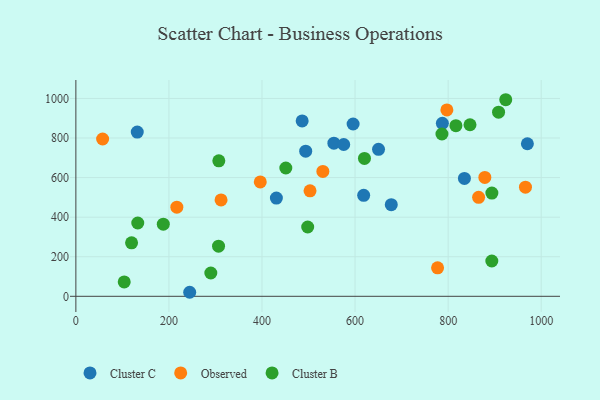
{"axis": {"x": "Price", "y": "Demand"}, "legend": ["Cluster B", "Cluster C", "Observed"], "data": [{"x": "554.5", "y": 773.9, "type": "Cluster C"}, {"x": "493.9", "y": 733.5, "type": "Cluster C"}, {"x": "650.4", "y": 742.7, "type": "Cluster C"}, {"x": "131.9", "y": 830.2, "type": "Cluster C"}, {"x": "430.9", "y": 496.7, "type": "Cluster C"}, {"x": "787.6", "y": 874.2, "type": "Cluster C"}, {"x": "244.6", "y": 20.4, "type": "Cluster C"}, {"x": "618.5", "y": 510.4, "type": "Cluster C"}, {"x": "970.3", "y": 771.0, "type": "Cluster C"}, {"x": "835.0", "y": 595.6, "type": "Cluster C"}, {"x": "677.8", "y": 463.2, "type": "Cluster C"}, {"x": "575.6", "y": 767.2, "type": "Cluster C"}, {"x": "595.8", "y": 870.7, "type": "Cluster C"}, {"x": "486.3", "y": 886.6, "type": "Cluster C"}, {"x": "217.0", "y": 450.5, "type": "Observed"}, {"x": "57.5", "y": 795.1, "type": "Observed"}, {"x": "865.5", "y": 500.1, "type": "Observed"}, {"x": "797.3", "y": 942.1, "type": "Observed"}, {"x": "530.8", "y": 631.2, "type": "Observed"}, {"x": "777.3", "y": 144.0, "type": "Observed"}, {"x": "396.3", "y": 578.2, "type": "Observed"}, {"x": "966.2", "y": 551.8, "type": "Observed"}, {"x": "878.9", "y": 601.0, "type": "Observed"}, {"x": "503.2", "y": 533.3, "type": "Observed"}, {"x": "312.0", "y": 487.2, "type": "Observed"}, {"x": "923.8", "y": 993.5, "type": "Cluster B"}, {"x": "306.6", "y": 253.3, "type": "Cluster B"}, {"x": "847.0", "y": 867.0, "type": "Cluster B"}, {"x": "187.9", "y": 364.8, "type": "Cluster B"}, {"x": "816.7", "y": 862.6, "type": "Cluster B"}, {"x": "133.0", "y": 370.4, "type": "Cluster B"}, {"x": "894.0", "y": 521.9, "type": "Cluster B"}, {"x": "893.9", "y": 178.4, "type": "Cluster B"}, {"x": "908.4", "y": 930.4, "type": "Cluster B"}, {"x": "786.7", "y": 820.3, "type": "Cluster B"}, {"x": "290.0", "y": 117.8, "type": "Cluster B"}, {"x": "103.9", "y": 72.5, "type": "Cluster B"}, {"x": "620.2", "y": 697.0, "type": "Cluster B"}, {"x": "119.7", "y": 270.5, "type": "Cluster B"}, {"x": "451.2", "y": 648.4, "type": "Cluster B"}, {"x": "307.2", "y": 684.8, "type": "Cluster B"}, {"x": "498.2", "y": 350.4, "type": "Cluster B"}]}